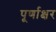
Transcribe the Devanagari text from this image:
पूर्णाक्षर